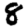
Digit: 8